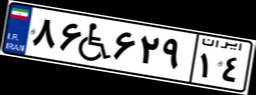
۸۶W۶۲۹۱۴